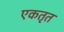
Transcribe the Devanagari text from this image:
एकतृत